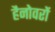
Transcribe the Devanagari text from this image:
हैनोवरों